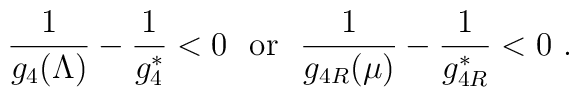
{\frac{1}{g_4(\Lambda)}} - {\frac{1}{g^\ast_4}}<0 ~~\mbox{or}~~{\frac{1}{g_{4R}(\mu)}} - {\frac{1}{g^\ast_{4R}}}<0~.